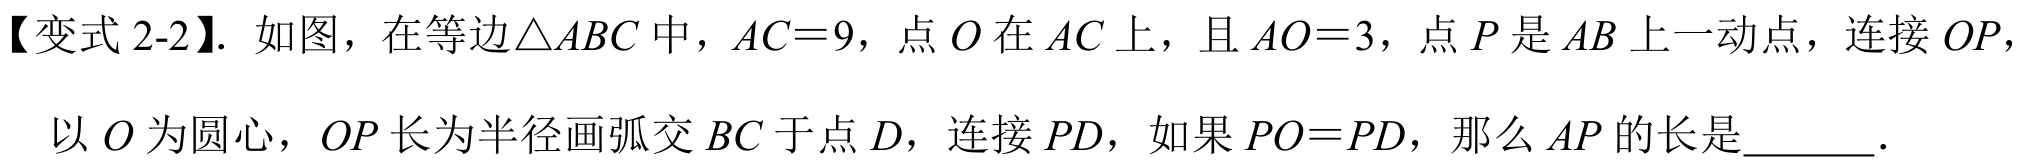
【变式 2-2】. 如图，在等边$\triangle ABC$中，$AC = 9$，点$O$在$AC$上，且$AO = 3$，点$P$是$AB$上一动点，连接$OP$，
以$O$为圆心，$OP$长为半径画弧交$BC$于点$D$，连接$PD$，如果$PO = PD$，那么$AP$的长是  ．